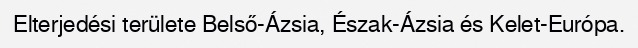
Elterjedési területe Belső-Ázsia, Észak-Ázsia és Kelet-Európa.